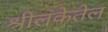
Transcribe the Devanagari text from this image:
श्रीलंकेतेल